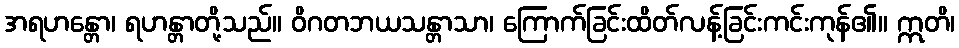
အရဟန္တော၊ ရဟန္တာတို့သည်။ ဝိဂတဘယသန္တာသာ၊ ကြောက်ခြင်းထိတ်လန့်ခြင်းကင်းကုန်၏။ ဣတိ၊